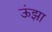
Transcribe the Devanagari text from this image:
ऊंझा